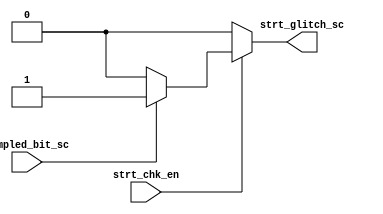
module Start_Checker(
	input  wire    strt_chk_en,
    input  wire    sampled_bit_sc,
    output reg     strt_glitch_sc       
);

always@(*)
begin
    if(strt_chk_en)
        begin
            if(sampled_bit_sc == 1'b0)
                begin
                    strt_glitch_sc = 1'b0;
                end
            else
                begin
                    strt_glitch_sc = 1'b1;
                end
        end
    else
        begin
            strt_glitch_sc = 1'b0;   
        end
end

endmodule